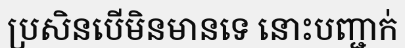
ប្រសិនបើមិនមានទេ នោះបញ្ជាក់